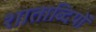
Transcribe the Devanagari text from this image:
शाताब्दियों